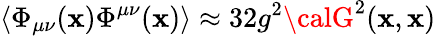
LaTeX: \left\langle\Phi_{\mu\nu}(\mathbf{x})\Phi^{\mu\nu}(\mathbf{x})\right\rangle\approx32g^{2}{\calG}^{2}(\mathbf{x},\mathbf{x})